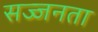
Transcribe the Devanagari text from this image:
सज्‍जनता